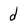
Character: d